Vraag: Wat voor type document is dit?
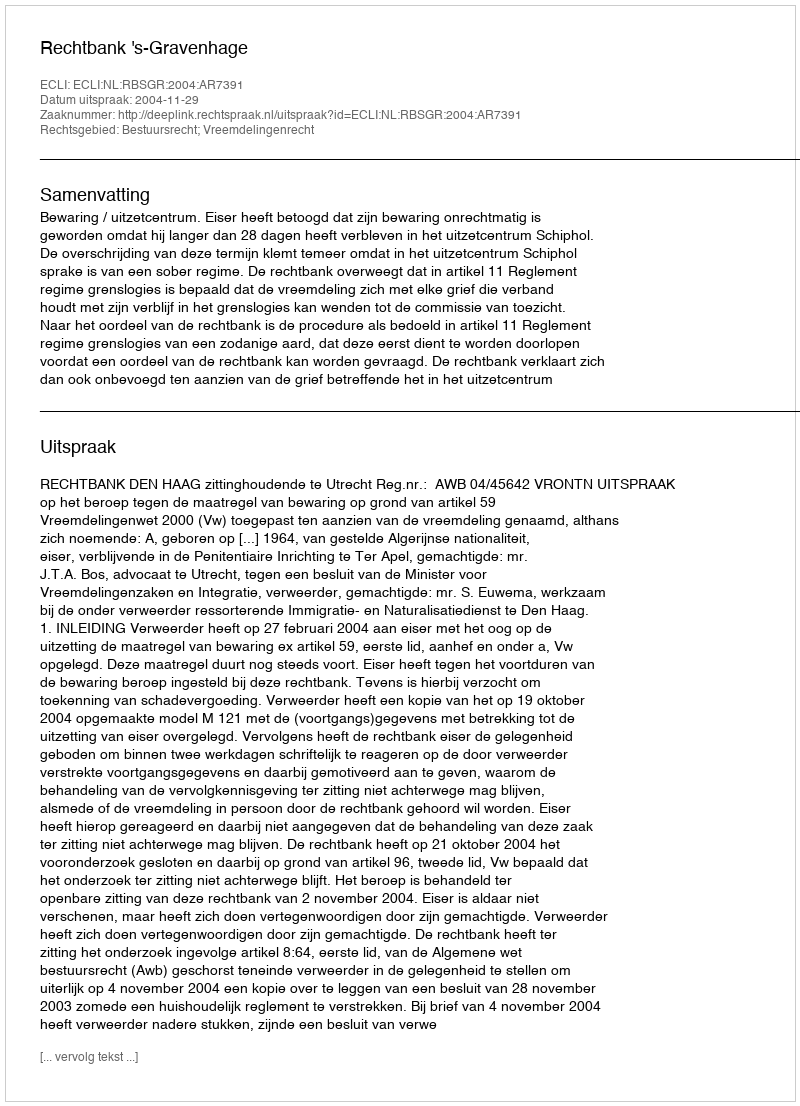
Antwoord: Uitspraak